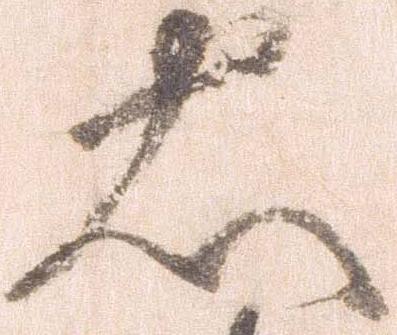
忠